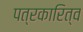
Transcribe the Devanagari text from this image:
पत्रकारित्व